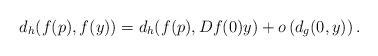
LaTeX: \begin{align*} d_h(f(p),f(y)) = d_h(f(p),Df(0)y) + o\left(d_g(0,y) \right).\end{align*}